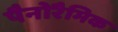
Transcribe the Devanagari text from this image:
पैनोरैमिक